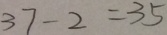
3 7 - 2 = 3 5